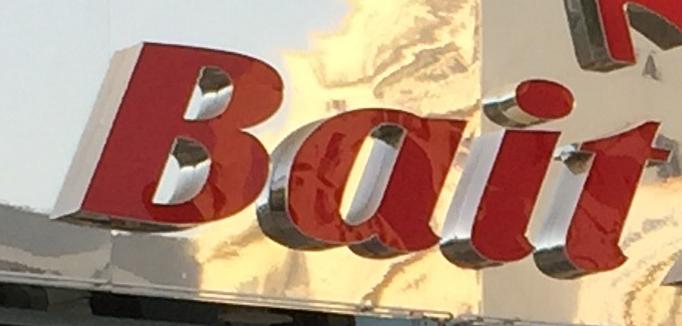
bait